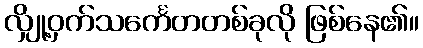
လျှို့ဝှက်သင်္ကေတတစ်ခုလို ဖြစ်နေ၏။